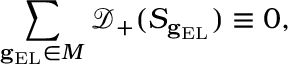
\sum _ { \mathbf { g } _ { \mathrm { E L } } \in M } \mathcal { D } _ { + } ( S _ { \mathbf { g } _ { \mathrm { E L } } } ) \equiv 0 ,